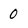
Character: 0